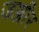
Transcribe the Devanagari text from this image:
जञ्जीर